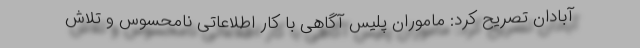
آبادان تصریح کرد: ماموران پلیس آگاهی با کار اطلاعاتی نامحسوس و تلاش